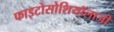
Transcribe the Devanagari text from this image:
फाइटोसोशियॉलाजी